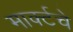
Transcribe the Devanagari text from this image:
मार्क्टचे